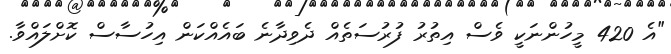
"އެ 420 މީހުންނަކީ ވެސް އިތުރު ފުރުސަތެއް ދެވިދާނެ ބައެއްކަން އިހުސާސް ކޮށްލައްވާ.